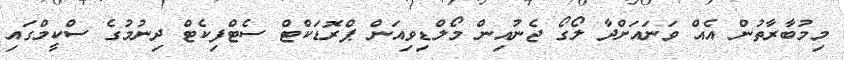
މިމުބާރާތުން އެއް ވަނައަށްދާ ލޯގޯ ޖެނުއިން މޯލްޑިވިއަން ޕްރޮޑަކްޓް ސެޓްފިކެޓް ދިނުމުގެ ސްކީމްގައި